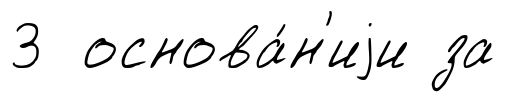
3 основа́н'иjи за